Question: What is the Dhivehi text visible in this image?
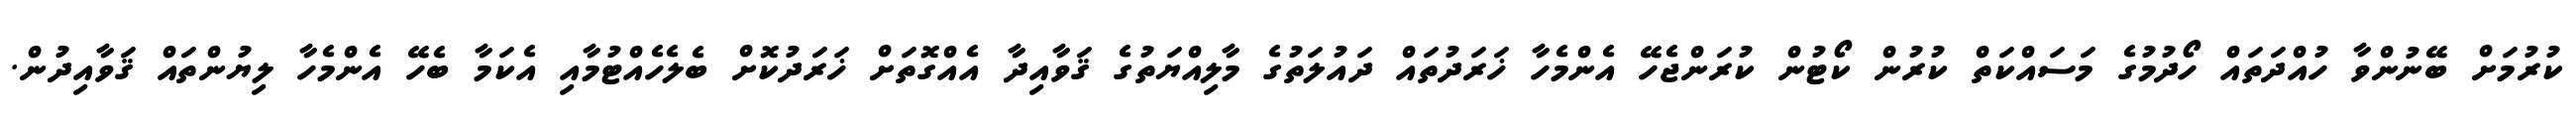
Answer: ކުރުމަށް ބޭނުންވާ ހުއްދަތައް ހޯދުމުގެ މަސައްކަތް ކުރުން ކޯޓުން ކުރަންޖެހޭ އެންމެހާ ޚަރަދުތައް ދައުލަތުގެ މާލިއްޔަތުގެ ޤަވާއިދާ އެއްގޮތަށް ޚަރަދުކޮށް ބެލެހެއްޓުމާއި އެކަމާ ބެހޭ އެންމެހާ ލިޔުންތައް ޤަވާއިދުން.